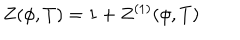
Z ( \phi , T ) = 1 + Z ^ { ( 1 ) } ( \phi , T )